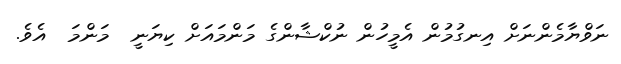
ނަވްޔާމެންނަށް އިނގުމުން އެމީހުން ނުކްޝާންގެ މަންމައަށް ކިޔަނީ  މަންމަ  އެވެ.